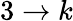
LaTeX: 3\rightarrow k